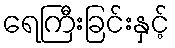
ရေကြီးခြင်းနှင့်